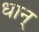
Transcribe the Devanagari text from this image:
धान्